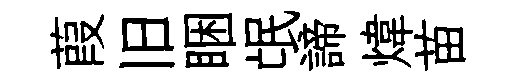
葭旧睏氓諦煒苗